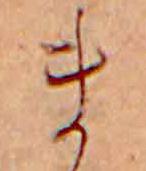
ま